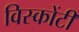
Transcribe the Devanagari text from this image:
विस्कोंटी